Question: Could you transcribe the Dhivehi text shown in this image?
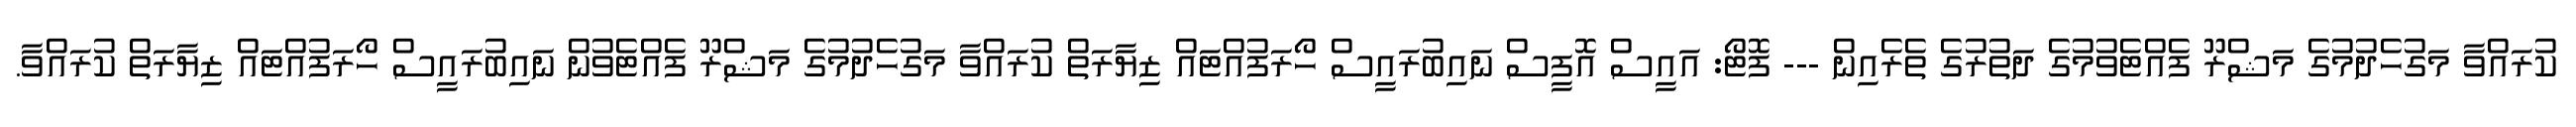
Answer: ކުރައްވާ މަގުހެދުމުގެ މަޝްރޫ ފެއްޓެވުމުގެ ދަތުރުގެ ތެރެއިން --- ފޮޓޯ: އައީސް އޮފީސް ނައިބުރައީސް ހޯރަފުއްޓައް ޒިޔާރަތް ކުރައްވާ މަގުހެދުމުގެ މަޝްރޫ ފެއްޓެވުން ނައިބުރައީސް ހޯރަފުއްޓައް ޒިޔާރަތް ކުރައްވާ.